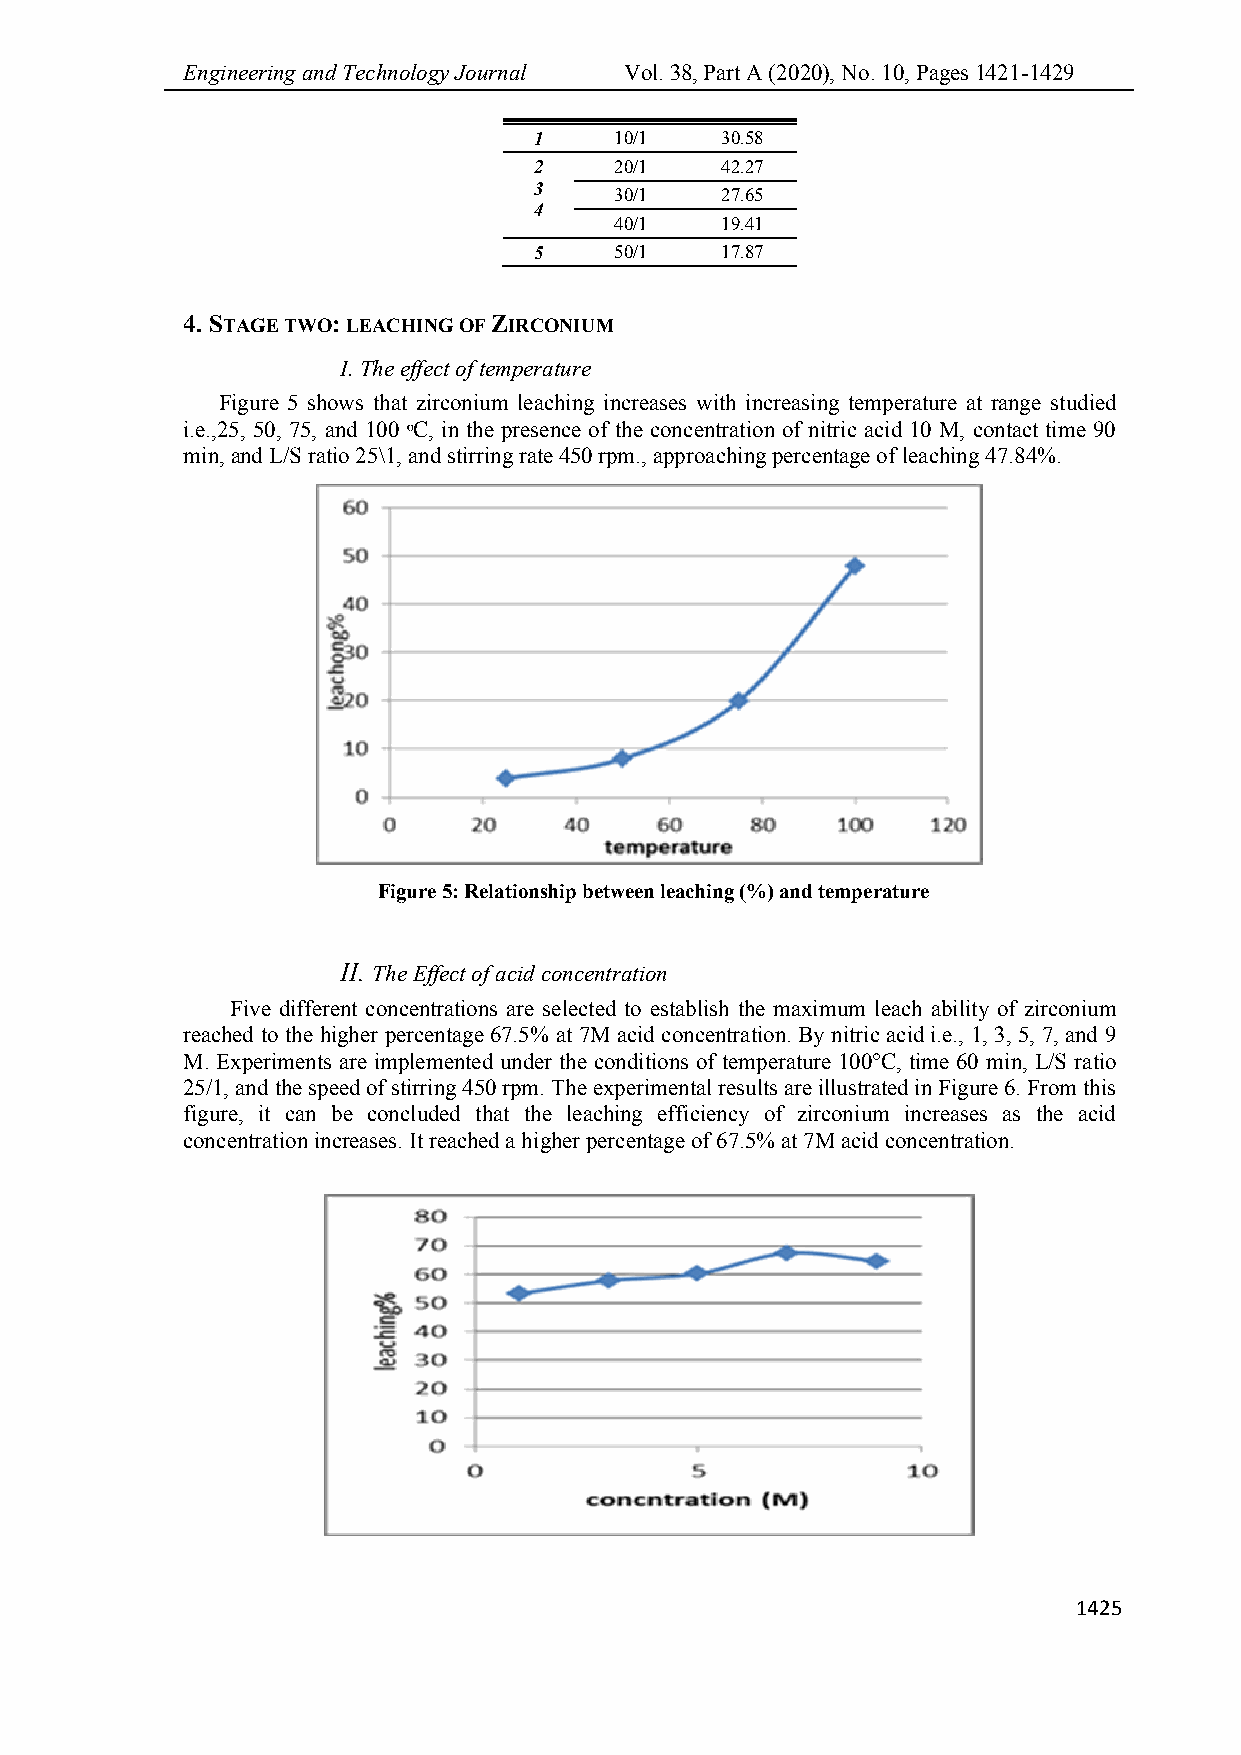
Engineering and Technology Journal Vol. 38, Part A (2020), No. 10, Pages 1421-1429
 1     10/1   30.58
 2     20/1   42.27
 3
 30/1   27.65
 4
 40/1   19.41
 5     50/1   17.87
 4. STAGE TWO: LEACHING OF ZIRCONIUM
 I. The effect of temperature
 Figure 5 shows that zirconium leaching increases with increasing temperature at range studied
 i.e.,25, 50, 75, and 100 ᵒC, in the presence of the concentration of nitric acid 10 M, contact time 90
 min, and L/S ratio 25\1, and stirring rate 450 rpm., approaching percentage of leaching 47.84%.
 Figure 5: Relationship between leaching (%) and temperature
 II. The Effect of acid concentration
 Five different concentrations are selected to establish the maximum leach ability of zirconium
 reached to the higher percentage 67.5% at 7M acid concentration. By nitric acid i.e., 1, 3, 5, 7, and 9
 M. Experiments are implemented under the conditions of temperature 100°C, time 60 min, L/S ratio
 25/1, and the speed of stirring 450 rpm. The experimental results are illustrated in Figure 6. From this
 figure, it can be concluded that the leaching efficiency of zirconium increases as the acid
 concentration increases. It reached a higher percentage of 67.5% at 7M acid concentration.
 1425